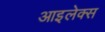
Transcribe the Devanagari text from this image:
आइलेक्स